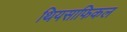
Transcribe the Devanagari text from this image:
थियसाफिकल